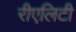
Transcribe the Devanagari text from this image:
रीएलिटी